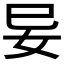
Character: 𭑭